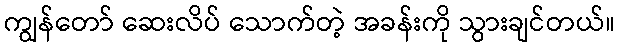
ကျွန်တော် ဆေးလိပ် သောက်တဲ့ အခန်းကို သွားချင်တယ်။